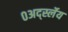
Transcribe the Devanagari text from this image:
०अर्द्स्लेय